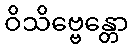
ဝိသိဗ္ဗေန္တော